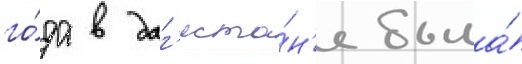
го́да в даг'еста́н'е была́